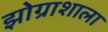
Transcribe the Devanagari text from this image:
झोग्राशाला